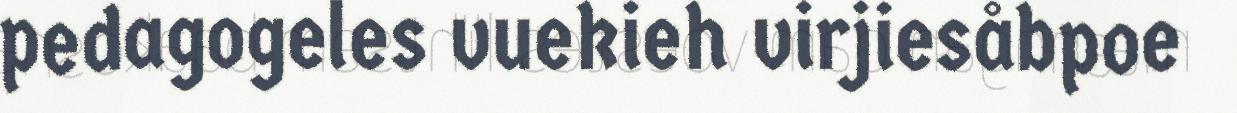
pedagogeles vuekieh virjiesåbpoe